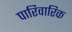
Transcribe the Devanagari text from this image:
पारिवारिक